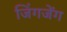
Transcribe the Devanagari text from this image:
जिंगजेंग